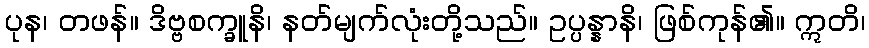
ပုန၊ တဖန်။ ဒိဗ္ဗစက္ခူနိ၊ နတ်မျက်လုံးတို့သည်။ ဥပ္ပန္နာနိ၊ ဖြစ်ကုန်၏။ ဣတိ၊